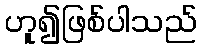
ဟူ၍ဖြစ်ပါသည်